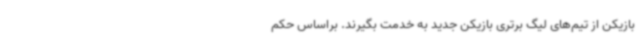
بازیکن از تیم‌های لیگ برتری بازیکن جدید به خدمت بگیرند. براساس حکم